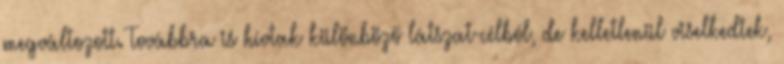
megváltozott. Továbbra is hívtak különböző látszat-cél­ból, de kelletlenül viselkedtek,